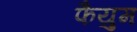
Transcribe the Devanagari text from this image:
फैयुम